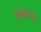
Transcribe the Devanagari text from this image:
इल्हामो